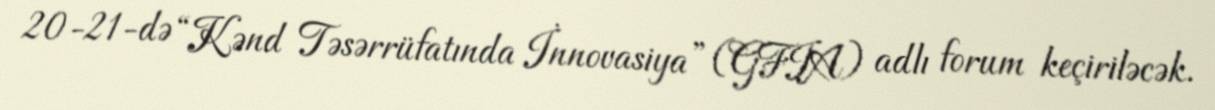
20-21-də “Kənd Təsərrüfatında İnnovasiya” (GFIA) adlı forum keçiriləcək.